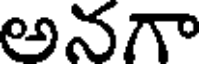
అనగా